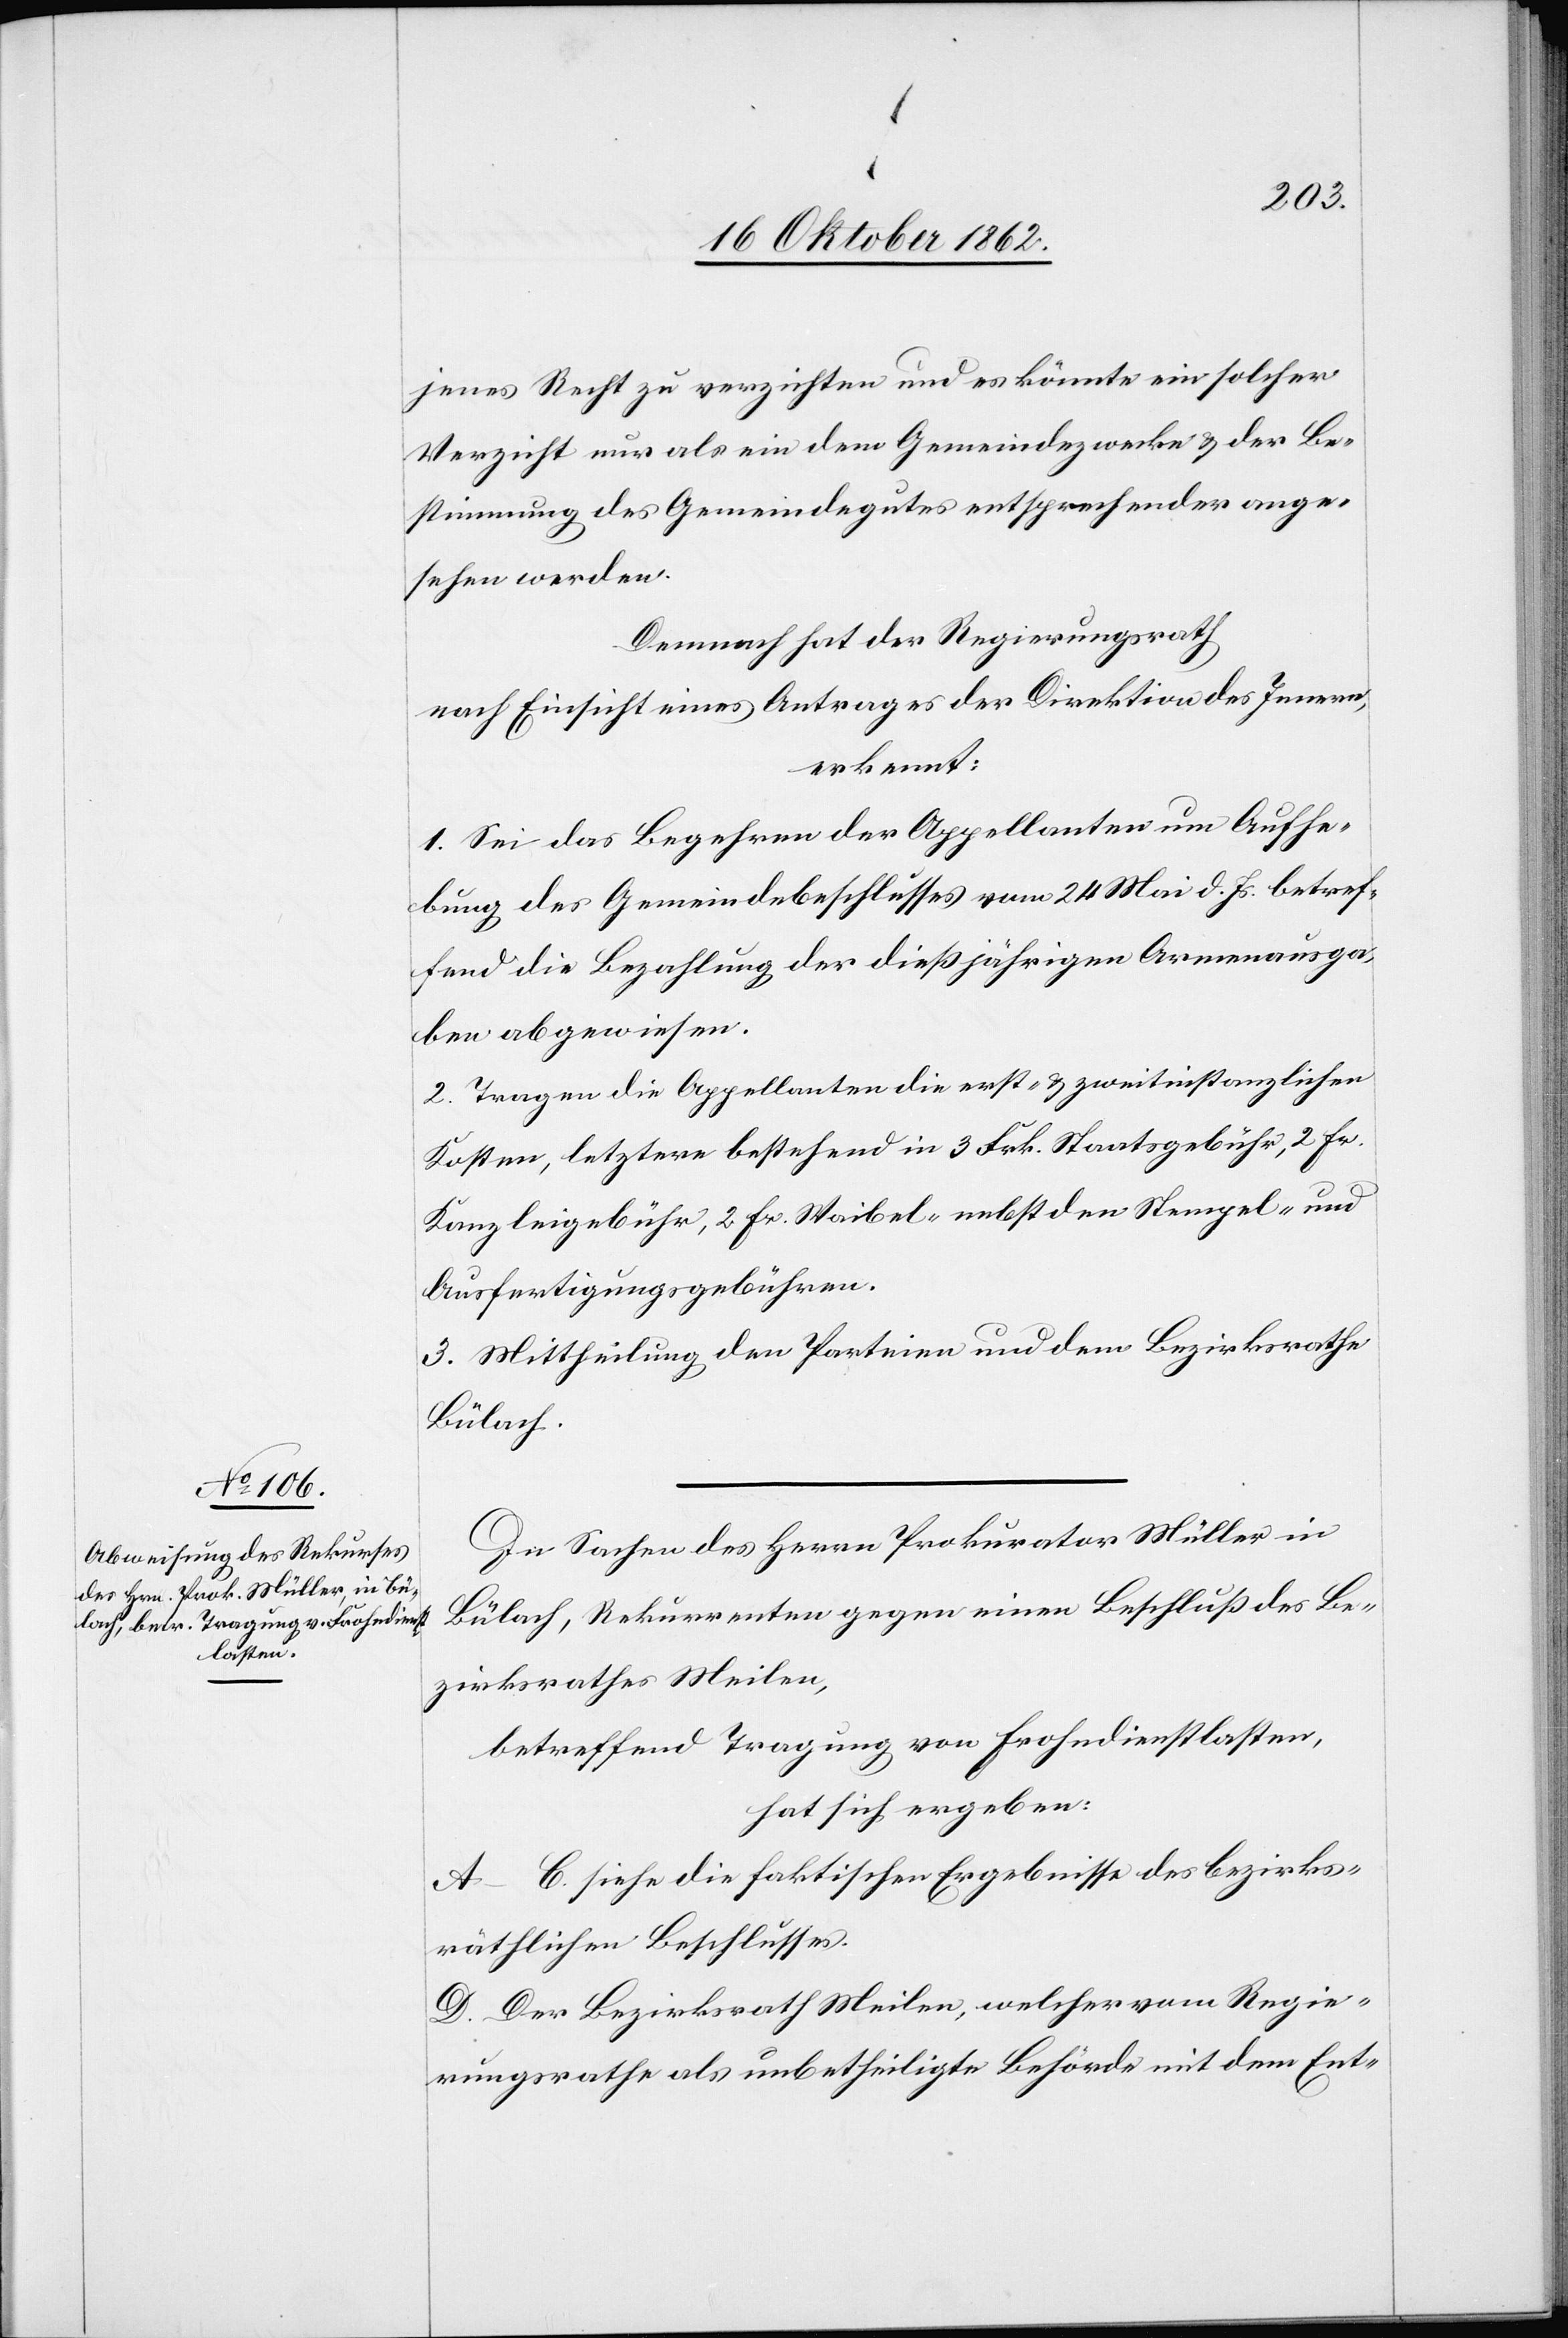
jenes Recht zu verzichten und es könnte ein solcher
Verzicht nur als ein dem Gemeindezwecke u. der Be¬
stimmung des Gemeindegutes entsprechender ange¬
sehen werden.
Demnach hat der Regierungsrath
nach Einsicht eines Antrages der Direktion des Innern,
erkennt:
1. Sei das Begehren der Appellanten um Aufhe¬
bung des Gemeindebeschlusses vom 24. Mai d. Js. betref¬
fend die Bezahlung der dießjährigen Armenausga¬
ben abgewiesen.
2. Tragen die Appellanten die erst- u. zweitinstanzlichen
Kosten, letztere bestehend in 3 Frk. Staatsgebühr, 2 fr.
Kanzleigebühr, 2 fr. Waibel- nebst den Stempel- und
Ausfertigungsgebühren.
3. Mittheilung den Parteien und dem Bezirksrathe
Bülach.
In Sachen des Herrn Prokurator Müller in
Bülach, Rekurrenten gegen einen Beschluß des Be¬
zirksrathes Meilen,
betreffend Tragung von Frohndienstlasten,
hat sich ergeben:
A–C. siehe die faktischen Ergebnisse des Bezirks¬
räthlichen Beschlusses.
D. Der Bezirksrath Meilen, welcher vom Regie¬
rungsrathe als unbetheiligte Behörde mit dem Ent-